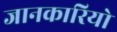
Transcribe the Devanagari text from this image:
जानकारियो